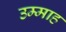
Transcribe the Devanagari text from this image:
उम्माह